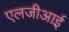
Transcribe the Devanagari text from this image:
एलजीआई